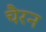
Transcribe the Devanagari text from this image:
चैरन